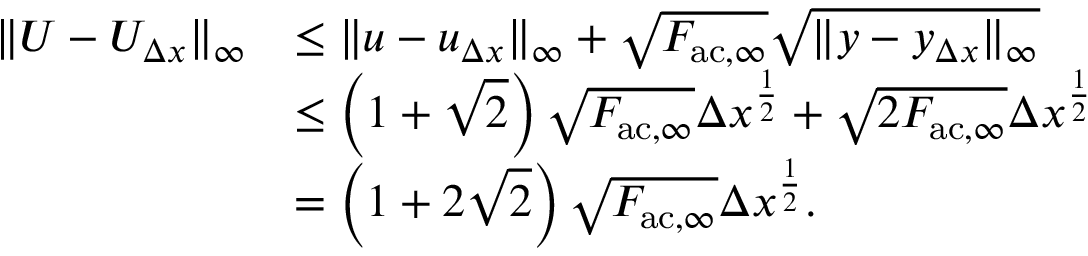
\begin{array} { r l } { \| U - U _ { \Delta x } \| _ { \infty } } & { \leq \| u - u _ { \Delta x } \| _ { \infty } + \sqrt { F _ { \mathrm { a c } , \infty } } \sqrt { \| y - y _ { \Delta x } \| _ { \infty } } } \\ & { \leq \left( 1 + \sqrt { 2 } \right) \sqrt { F _ { \mathrm { a c } , \infty } } \Delta x ^ { \frac { 1 } { 2 } } + \sqrt { 2 F _ { \mathrm { a c } , \infty } } \Delta x ^ { \frac { 1 } { 2 } } } \\ & { = \left( 1 + 2 \sqrt { 2 } \right) \sqrt { F _ { \mathrm { a c } , \infty } } \Delta x ^ { \frac { 1 } { 2 } } . } \end{array}